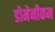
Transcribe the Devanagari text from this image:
डोमेनीकन